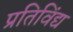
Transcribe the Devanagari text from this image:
प्रतिविंद्य